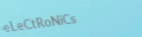
eLeCtRoNiCs